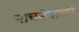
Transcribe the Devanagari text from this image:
नाचनेवाली